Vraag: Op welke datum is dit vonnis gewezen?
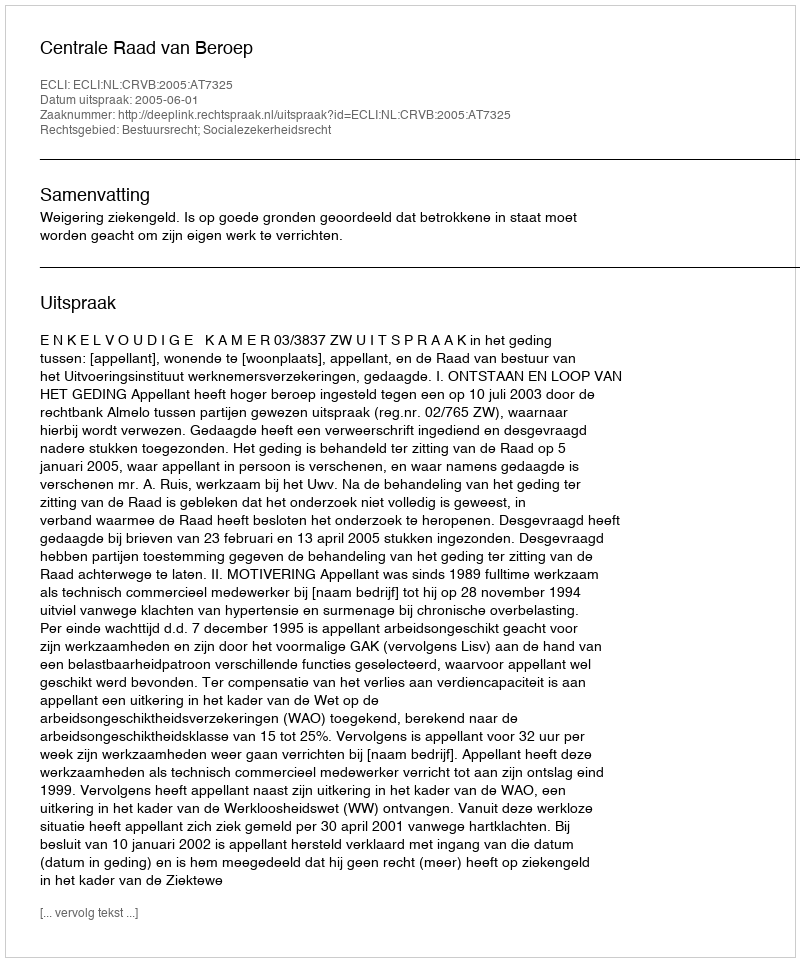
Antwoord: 2005-06-01